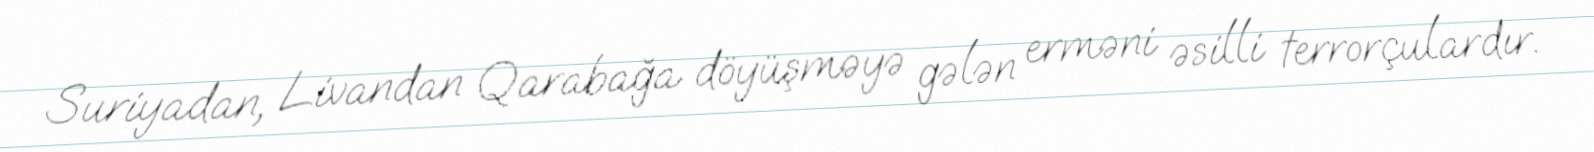
Suriyadan, Livandan Qarabağa döyüşməyə gələn erməni əsilli terrorçulardır.